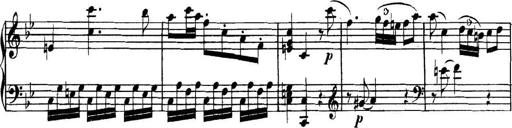
Title: Collected Piano Sonatas
Composer: Muzio Clementi